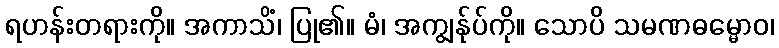
ရဟန်းတရားကို။ အကာသိံ၊ ပြု၏။ မံ၊ အကျွန်ုပ်ကို။ သောပိ သမဏဓမ္မောဝ၊